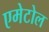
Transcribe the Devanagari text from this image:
एमेटोल